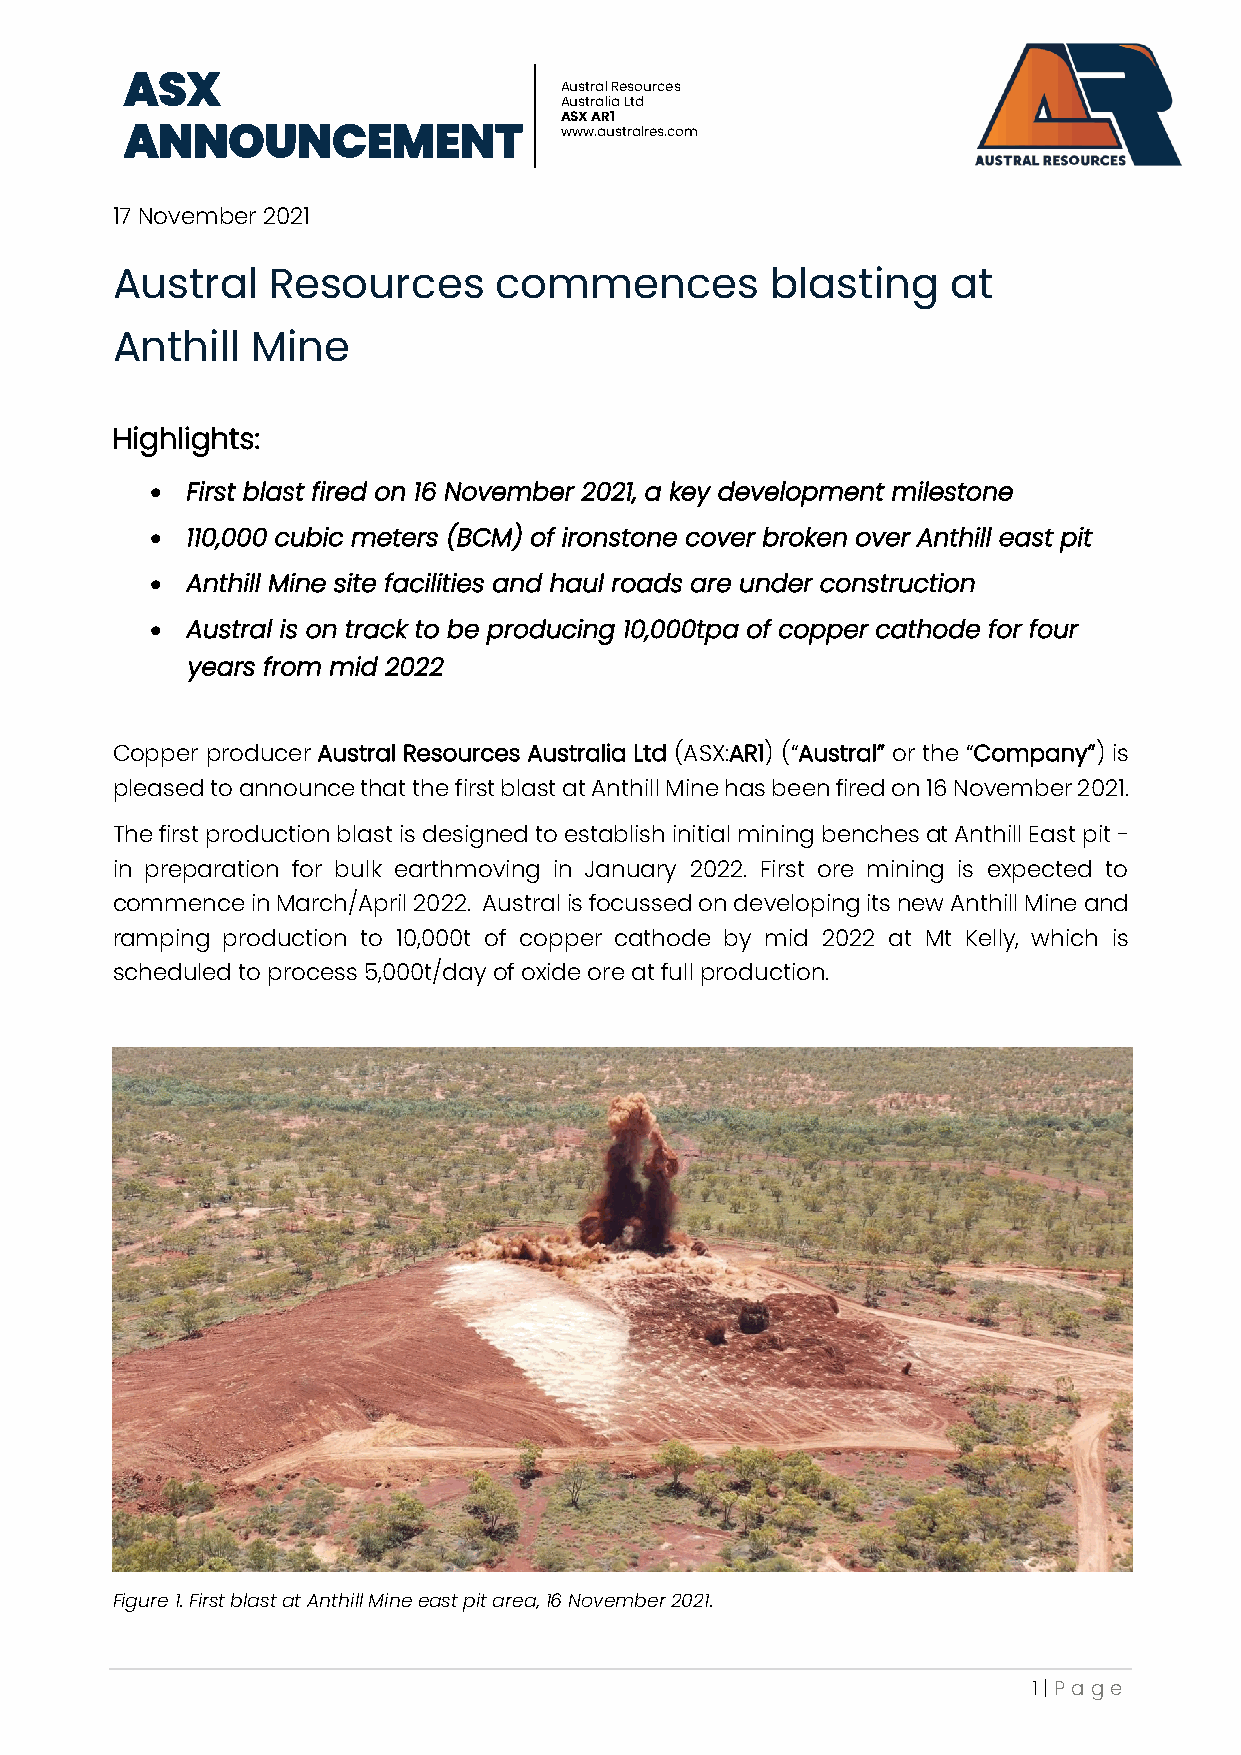
ASX
 Austral Resources
 Australia Ltd
 ASX AR1
 ANNOUNCEMENT                 www.australres.com
 17 November 2021
 Austral    Resources      commences         blasting    at
 Anthill   Mine
 Highlights:
 • First blast fired on 16 November 2021, a key development milestone
 • 110,000 cubic meters (BCM) of ironstone cover broken over Anthill east pit
 • Anthill Mine site facilities and haul roads are under construction
 • Austral is on track to be producing 10,000tpa of copper cathode for four
 years from mid 2022
 Copper producer Austral Resources Australia Ltd (ASX:AR1) (“Austral” or the “Company”) is
 pleased to announce that the first blast at Anthill Mine has been fired on 16 November 2021.
 The first production blast is designed to establish initial mining benches at Anthill East pit -
 in preparation for bulk earthmoving in January 2022. First ore mining is expected to
 commence  in March/April 2022. Austral is focussed on developing its new Anthill Mine and
 ramping production to 10,000t of copper cathode by mid 2022 at Mt Kelly, which is
 scheduled to process 5,000t/day of oxide ore at full production.
 Figure 1. First blast at Anthill Mine east pit area, 16 November 2021.
 1 | P age